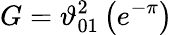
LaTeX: G=\vartheta_{01}^{2}\left(e^{-\pi}\right)